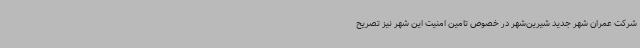
شرکت عمران شهر جدید شیرین‌شهر در خصوص تامین امنیت این شهر نیز تصریح